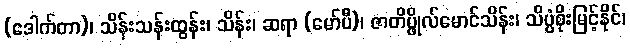
(ဒေါက်တာ)၊ သိန်းသန်းထွန်း၊ သိန်း၊ ဆရာ (မော်ပီ)၊ ဇာတိပ္ဖိုလ်မောင်သိန်း၊ သိပ္ပံစိုးမြင့်နိုင်၊